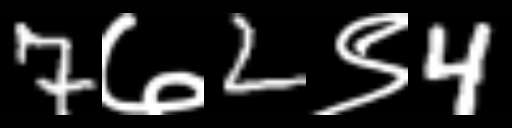
Text: 7७2९4